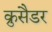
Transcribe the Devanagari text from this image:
क्रुसैडर